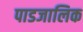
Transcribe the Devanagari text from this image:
पाडजालिक